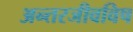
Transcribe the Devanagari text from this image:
अन्तरजीवविष